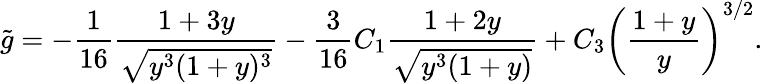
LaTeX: {\tilde{g}}=-\frac{1}{16}\frac{1+3y}{\sqrt{y^{3}(1+y)^{3}}}-\frac{3}{16}C_{1}\frac{1+2y}{\sqrt{y^{3}(1+y)}}+C_{3}\left(\frac{1+y}{y}\right)^{3/2}.